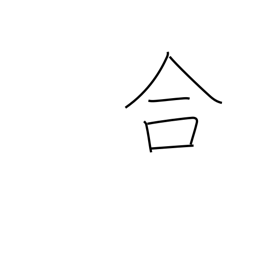
Meaning: suit